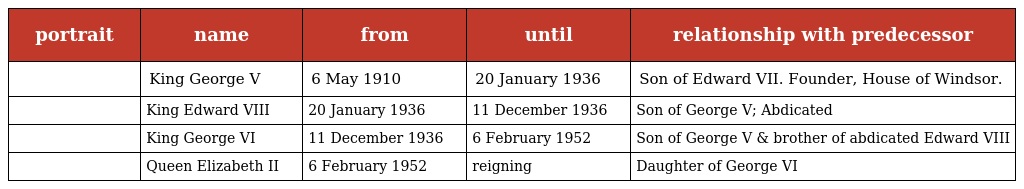
| portrait | name | from | until | relationship with predecessor |
 | --- | --- | --- | --- | --- |
 |  | King George V | 6 May 1910 | 20 January 1936 | Son of Edward VII. Founder, House of Windsor. |
 |  | King Edward VIII | 20 January 1936 | 11 December 1936 | Son of George V; Abdicated |
 |  | King George VI | 11 December 1936 | 6 February 1952 | Son of George V & brother of abdicated Edward VIII |
 |  | Queen Elizabeth II | 6 February 1952 | reigning | Daughter of George VI |